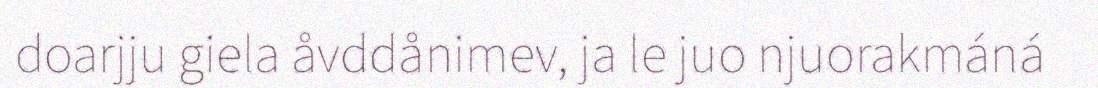
doarjju giela åvddånimev, ja le juo njuorakmáná